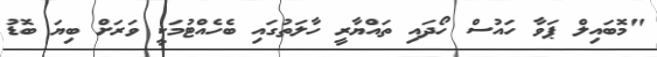
"މޮބައިލް ޕަވާ ހައުސް ހޯދައި ތައްޔާރީ ހާލަތުގައި ބެހެއްޓުމަކީ ވަރަށް ބިޔަ ބޮޑު